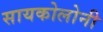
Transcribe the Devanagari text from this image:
सायकोलोनी